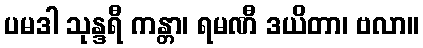
ပမဒါ သုန္ဒရီ ကန္တာ၊ ရမဏီ ဒယိတာ၊ ဗလာ။